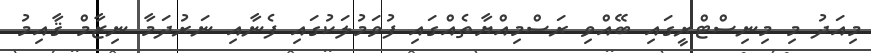
މިއަދު މި މިނިސްޓްރީގައި ބޭއްވި ރަސްމިއްޔާތެއްގައި ފުވަމުލަކުގައި ފެނާއި ނަރުދަމާ ނިޒާމް ޤާއިމު